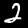
Digit: 2